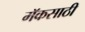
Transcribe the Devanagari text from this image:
मॅकसाठी